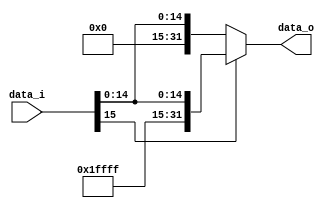
//Subject:     Architecture project 2 - Sign extend
//--------------------------------------------------------------------------------
//Version:     1
//--------------------------------------------------------------------------------
//Writer:      
//----------------------------------------------
//Date:        
//----------------------------------------------
//Description: 
//--------------------------------------------------------------------------------

module Sign_Extend(
    data_i,
    data_o
    );

//I/O ports
input   [16-1:0] data_i;
output  [32-1:0] data_o;

//Internal Signals
reg     [32-1:0] data_o;
reg		[16-1:0] zero = 16'b0;
reg		[16-1:0] one = 16'b1111111111111111;

//Sign extended
always@ (*)begin
	if(data_i[15] == 0)begin
		data_o = {zero, data_i};
	end else begin
		data_o = {one, data_i};
	end
end

endmodule